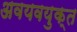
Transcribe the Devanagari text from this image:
अवयवयुक्त